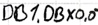
Text: DB1.DBX0.0